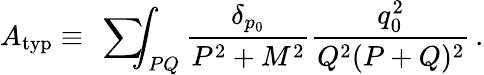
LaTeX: A_{\mathrm{typ}}\equiv\mathrm{~\sum~}\! \! \! \! \! \! \int_{PQ}{\frac{\delta_{p_{0}}}{P^{2}+M^{2}}}{\frac{q_{0}^{2}}{Q^{2}(P+Q)^{2}}}\, .